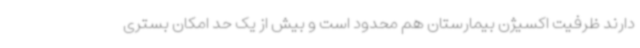
دارند ظرفیت اکسیژن بیمارستان هم محدود است و بیش از یک حد امکان بستری